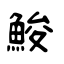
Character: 鮻